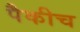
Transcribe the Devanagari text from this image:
पैकीच